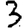
Digit: 3